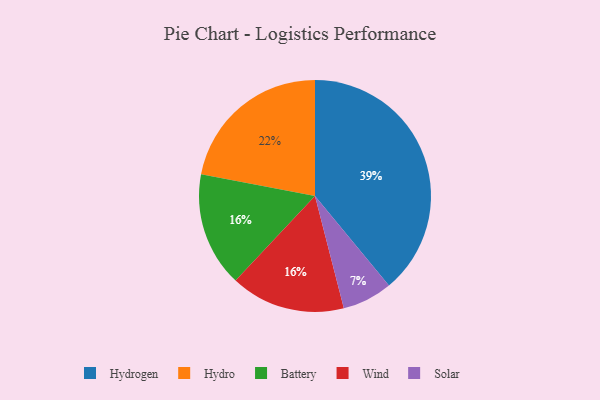
{"axis": {"x": "Category", "y": "Percentage"}, "legend": ["Battery", "Hydro", "Hydrogen", "Solar", "Wind"], "data": [{"x": "Hydrogen", "y": 39, "type": "Hydrogen"}, {"x": "Hydro", "y": 22, "type": "Hydro"}, {"x": "Solar", "y": 7, "type": "Solar"}, {"x": "Battery", "y": 16, "type": "Battery"}, {"x": "Wind", "y": 16, "type": "Wind"}]}